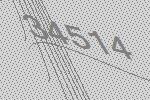
34514